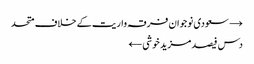
→ سعودی نوجوان فرقہ واریت کے خلاف متحد
دس فیصد مزید خوشی ←